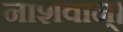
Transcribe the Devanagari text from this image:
नाशवान्।